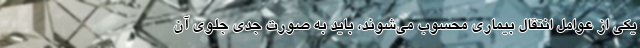
یکی از عوامل انتقال بیماری محسوب می‌شوند، باید به صورت جدی جلوی آن